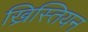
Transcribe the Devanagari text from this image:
ख्रिस्तियन